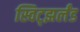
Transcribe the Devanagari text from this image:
स्विट्झर्लंड